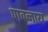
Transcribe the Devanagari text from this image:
पावनाय